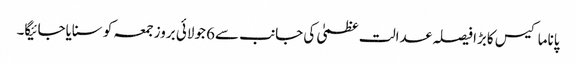
پاناما کیس کابڑا فیصلہ عدالت عظمیٰ کی جانب سے6 جولائی بروزجمعہ کو سنایاجائیگا۔